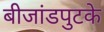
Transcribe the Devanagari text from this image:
बीजांडपुटके